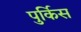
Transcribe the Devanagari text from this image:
पुर्किस